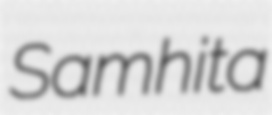
Samhita